Treatise on elephants
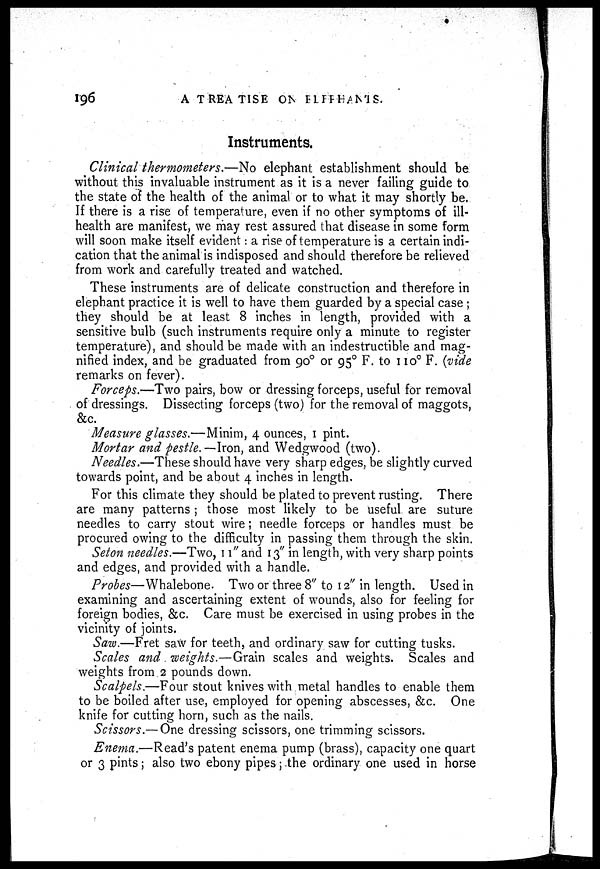
196
A TREATISE ON ELEPHANTS.
Instruments.
Clinical thermometers.—No elephant establishment should be
without this invaluable instrument as it is a never failing guide to
the state of the health of the animal or to what it may shortly be.
If there is a rise of temperature, even if no other symptoms of ill-
health are manifest, we may rest assured that disease in some form
will soon make itself evident: a rise of temperature is a certain indi-
cation that the animal is indisposed and should therefore be relieved
from work and carefully treated and watched.
These instruments are of delicate construction and therefore in
elephant practice it is well to have them guarded by a special case ;
they should be at least 8 inches in length, provided with a
sensitive bulb (such instruments require only a minute to register
temperature), and should be made with an indestructible and mag-
nified index, and be graduated from 90° or 95° F. to 110° F. (vide
remarks on fever).
Forceps.—Two pairs, bow or dressing forceps, useful for removal
of dressings. Dissecting forceps (two) for the removal of maggots,
&c.
Measure glasses.—Minim, 4 ounces, 1 pint.
Mortar and pestle.—Iron, and Wedgwood (two).
Needles.—These should have very sharp edges, be slightly curved
towards point, and be about 4 inches in length.
For this climate they should be plated to prevent rusting. There
are many patterns ; those most likely to be useful are suture
needles to carry stout wire; needle forceps or handles must be
procured owing to the difficulty in passing them through the skin.
Seton needles.—Two, 11" and 13" in length, with very sharp points
and edges, and provided with a handle.
Probes—Whalebone. Two or three 8" to 12" in length. Used in
examining and ascertaining extent of wounds, also for feeling for
foreign bodies, &c. Care must be exercised in using probes in the
vicinity of joints.
Saw.—Fret saw for teeth, and ordinary saw for cutting tusks.
Scales and weights.—Grain scales and weights. Scales and
weights from 2 pounds down.
Scalpels.—Four stout knives with metal handles to enable them
to be boiled after use, employed for opening abscesses, &c. One
knife for cutting horn, such as the nails.
Scissors.— One dressing scissors, one trimming scissors.
Enema.—Read's patent enema pump (brass), capacity one quart
or 3 pints ; also two ebony pipes; the ordinary one used in horse